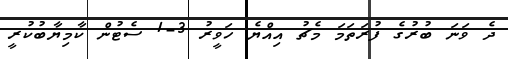
ދެ ވަނަ ބުރުގެ ފުރަތަމަ މެޗު އިއްޔެ ހަވީރު 3-1 ސެޓުން ކާމިޔާބުކުރީ